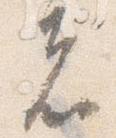
者